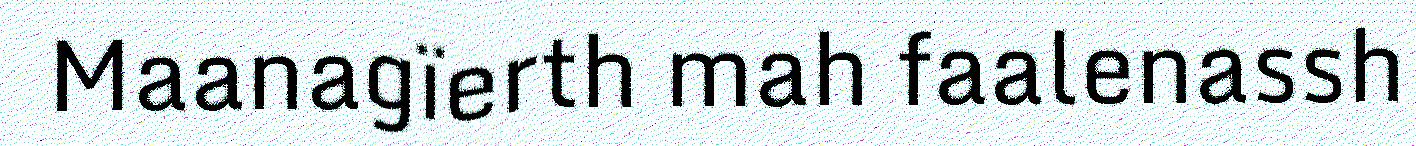
Maanagïerth mah faalenassh